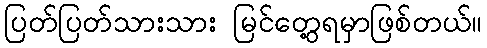
ပြတ်ပြတ်သားသား မြင်တွေ့ရမှာဖြစ်တယ်။